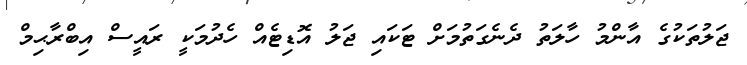
ޖަލުތަކުގެ އާންމު ހާލަތު ދެނެގަތުމަށް ޓަކައި ޖަލު އޮޑިޓެއް ހެދުމަކީ ރައީސް އިބްރާޙިމް